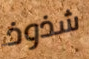
شذوذ